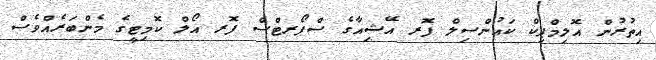
އިތުރުން އޮލިމްޕިކް ކައުންސިލް ފޮރ އޭޝިއާގެ ސްޕޯރޓްސް ފޮރ އޯލް ކޮމިޓީގެ މެންބަރެއްވެސް